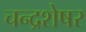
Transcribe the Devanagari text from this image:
चन्द्रशेषर